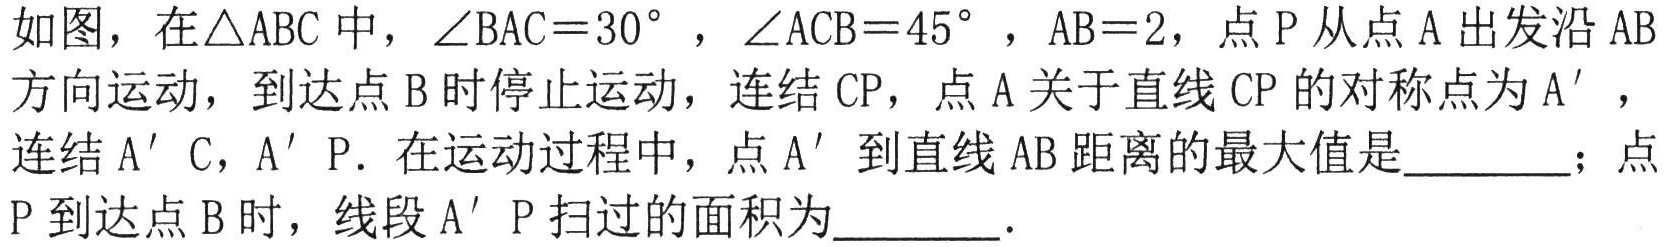
如图，在\(\triangle ABC\)中，\(\angle BAC = 30^{\circ}\)，\(\angle ACB = 45^{\circ}\)，\(AB = 2\)，点\(P\)从点\(A\)出发沿\(AB\)方向运动，到达点\(B\)时停止运动，连结\(CP\)，点\(A\)关于直线\(CP\)的对称点为\(A'\)，连结\(A'C\)，\(A'P\)．在运动过程中，点\(A'\)到直线\(AB\)距离的最大值是  ；点\(P\)到达点\(B\)时，线段\(A'P\)扫过的面积为  ．